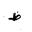
Letter: _za